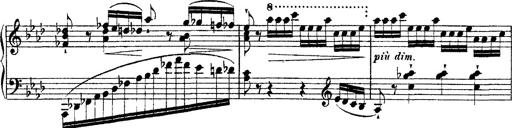
Title: Ã‰tudes d'exÃ©cution transcendante d'aprÃ¨s Paganini
Composer: Franz Liszt